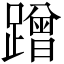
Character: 蹭